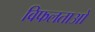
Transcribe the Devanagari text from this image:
विफलताओ